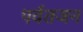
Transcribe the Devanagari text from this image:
पर्वतजन